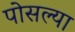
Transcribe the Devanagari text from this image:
पोसल्या